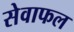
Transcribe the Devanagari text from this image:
सेवाफल